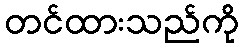
တင်ထားသည်ကို